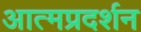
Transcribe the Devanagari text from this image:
आत्मप्रदर्शन